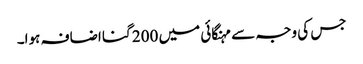
جس کی وجہ سے مہنگائی میں 200 گنا اضافہ ہوا۔